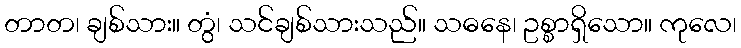
တာတ၊ ချစ်သား။ တွံ၊ သင်ချစ်သားသည်။ သဓနေ၊ ဥစ္စာရှိသော။ ကုလေ၊